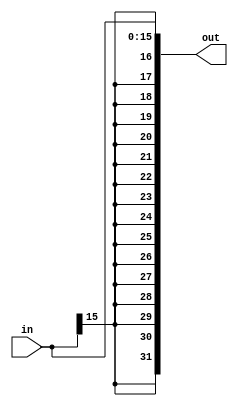
`timescale 1ns / 1ps
//////////////////////////////////////////////////////////////////////////////////
// Company: 
// Engineer: 
// 
// Design Name: 
// Module Name: SignedExtended
// Project Name: 
// Target Devices: 
// Tool Versions: 
// Description: 
// 
// Dependencies: 
// 
// Revision:
// Revision 0.01 - File Created
// Additional Comments:
// 
//////////////////////////////////////////////////////////////////////////////////


module SignedExtended
    #(  parameter IN_WIDTH = 16,
        parameter OUT_WIDTH = 32)(
        input [IN_WIDTH-1:0] in,
        output [OUT_WIDTH-1:0] out
    );
   
    assign out = {{(OUT_WIDTH-IN_WIDTH){in[IN_WIDTH-1]}},in[IN_WIDTH-1:0]};
endmodule